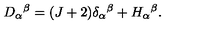
D _ { \alpha } { } ^ { \beta } = ( J + 2 ) \delta _ { \alpha } { } ^ { \beta } + H _ { \alpha } { } ^ { \beta } .